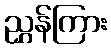
ညွှန်ကြား